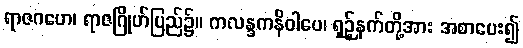
ရာဇဂဟေ၊ ရာဇဂြိုဟ်ပြည်၌။ ကလန္ဒကနိဝါပေ၊ ရှဉ့်နက်တို့အား အစာပေး၍